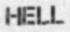
HELL